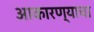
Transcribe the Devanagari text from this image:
आकारण्याचा